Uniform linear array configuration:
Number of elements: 8
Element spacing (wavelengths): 0.25
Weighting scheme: exponential
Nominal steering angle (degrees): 45
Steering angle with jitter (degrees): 44.917
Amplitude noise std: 0.05
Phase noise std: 0.05

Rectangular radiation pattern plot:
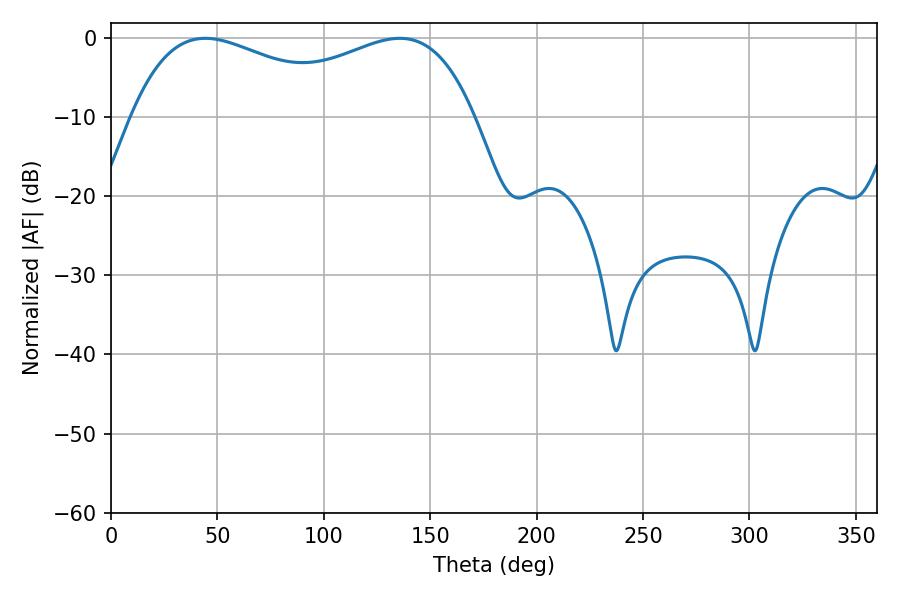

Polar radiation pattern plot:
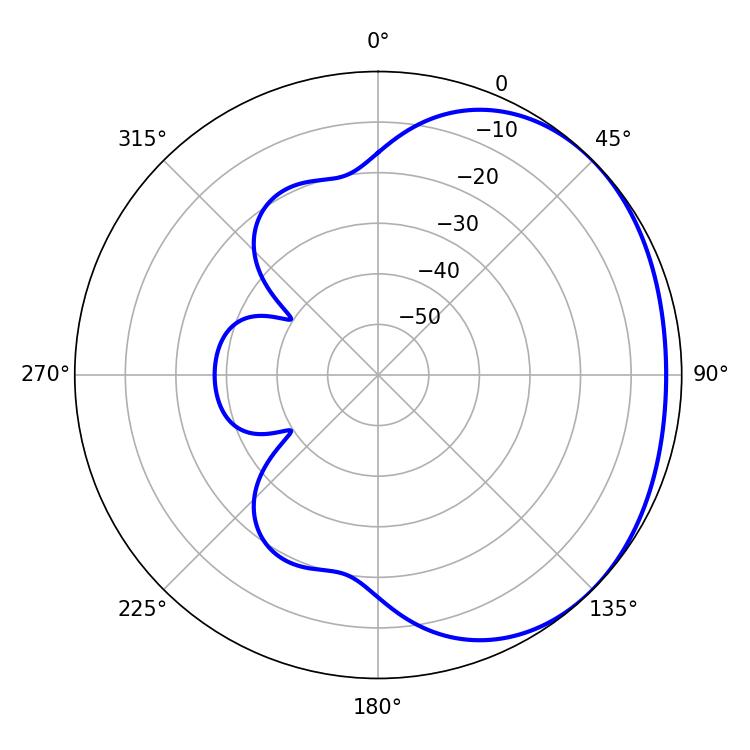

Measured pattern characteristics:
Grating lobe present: FALSE
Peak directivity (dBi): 1.628
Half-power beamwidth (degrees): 62.1
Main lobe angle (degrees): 44.28